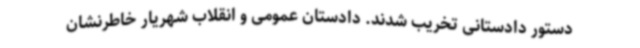
دستور دادستانی تخریب شدند. دادستان عمومی و انقلاب شهریار خاطرنشان